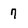
Character: 7